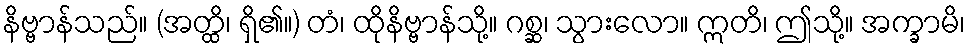
နိဗ္ဗာန်သည်။ (အတ္ထိ၊ ရှိ၏။) တံ၊ ထိုနိဗ္ဗာန်သို့။ ဂစ္ဆ၊ သွားလော။ ဣတိ၊ ဤသို့။ အက္ခာမိ၊